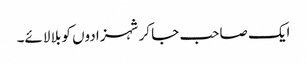
ایک صاحب جا کر شہزادوں کو بلا لائے۔